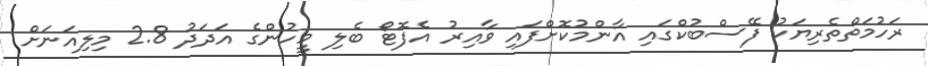
ރަހުމަތްތެރިޔަކު ފޭސްބުކްގައި އާންމުކޮށްފައި ވާއިރު އެފޮޓޯ ބެލި މީހުންގެ އަދަދު 2.8 މިލިއަނަށް